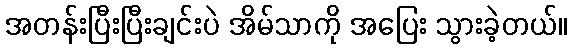
အတန်းပြီးပြီးချင်းပဲ အိမ်သာကို အပြေး သွားခဲ့တယ်။